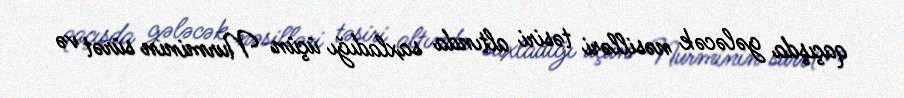
qaçışda gələcək nəsilləri təsiri altında saxladığı üçün Nurminin sürət və